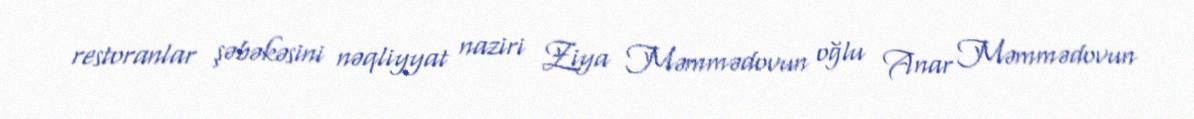
restoranlar şəbəkəsini nəqliyyat naziri Ziya Məmmədovun oğlu Anar Məmmədovun